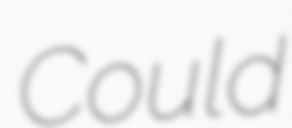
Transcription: Could